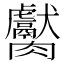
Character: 𱼦